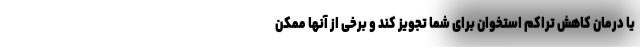
یا درمان کاهش تراکم استخوان برای شما تجویز کند و برخی از آنها ممکن